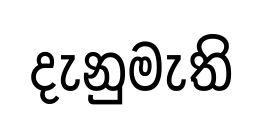
දැනුමැති